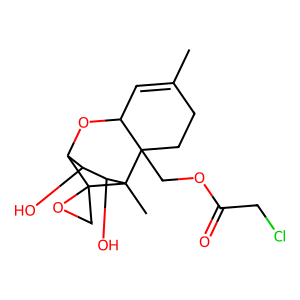
SMILES: CC1=CC2OC3C(O)C(O)C(C)(C2(COC(=O)CCl)CC1)C31CO1
Inhibits HIV replication: No